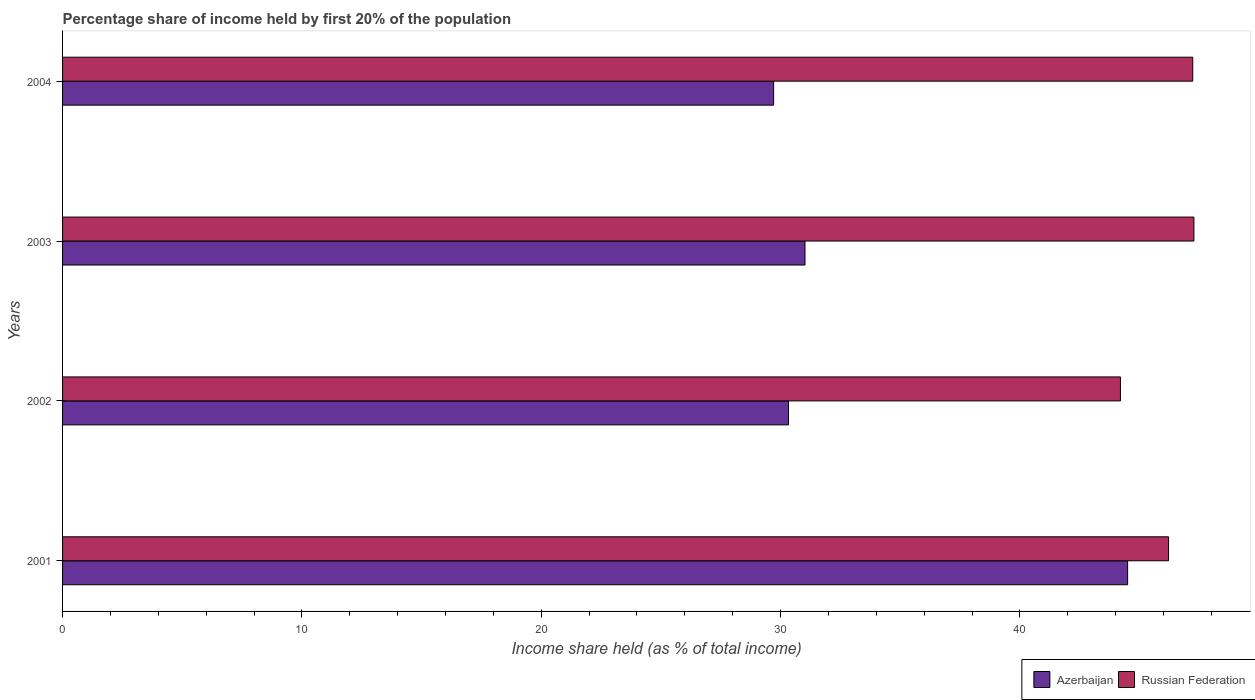
| Years | Azerbaijan | Russian Federation |
 | --- | --- | --- |
 | 2001 | 44.5 | 46.2 |
 | 2002 | 30.3 | 44.2 |
 | 2003 | 31 | 47.3 |
 | 2004 | 29.7 | 47.2 |